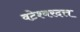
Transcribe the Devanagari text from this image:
वटेश्वरदत्त